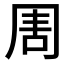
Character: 𠕛